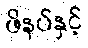
ဖိနပ်နှင့်